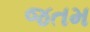
જતમ